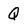
Character: Q